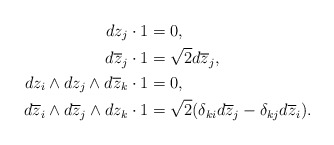
\begin{align*} dz_j \cdot 1 &= 0,\\ d\overline{z}_j \cdot 1 & = \sqrt{2} d\overline{z}_j,\\ dz_i \wedge dz_j \wedge d\overline{z}_k \cdot 1 & = 0,\\ d\overline{z}_i \wedge d\overline{z}_j \wedge dz_k \cdot 1 & = \sqrt{2}(\delta_{ki} d\overline{z}_j - \delta_{kj} d\overline{z}_i).\end{align*}